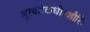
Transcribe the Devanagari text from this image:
शूरवंशैकधीश्शौरिः